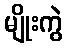
မျိုးကွဲ